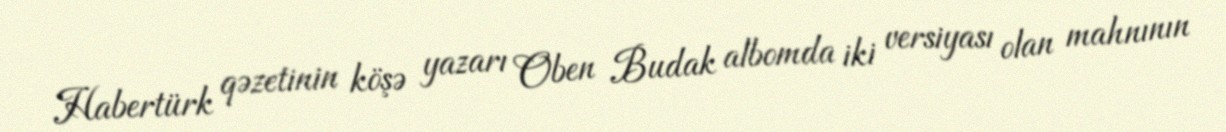
Habertürk qəzetinin köşə yazarı Oben Budak albomda iki versiyası olan mahnının